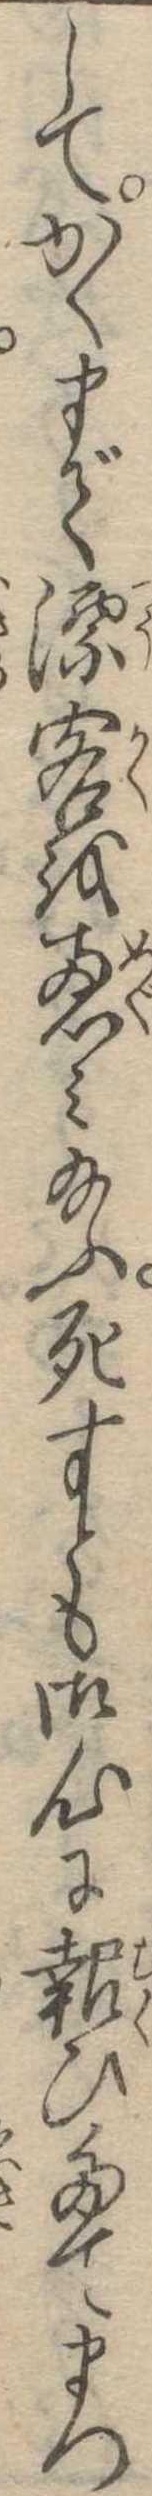
してかくまで漂客を恵み給ふ死すとも御心に報ひたてまつ